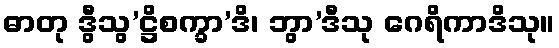
ဓာတု ဒွီသွ’ဋ္ဌိစက္ခာ’ဒိ၊ ဘွာ’ဒီသု ဂေရိကာဒိသု။